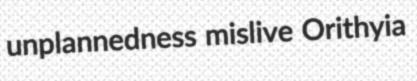
unplannedness mislive Orithyia